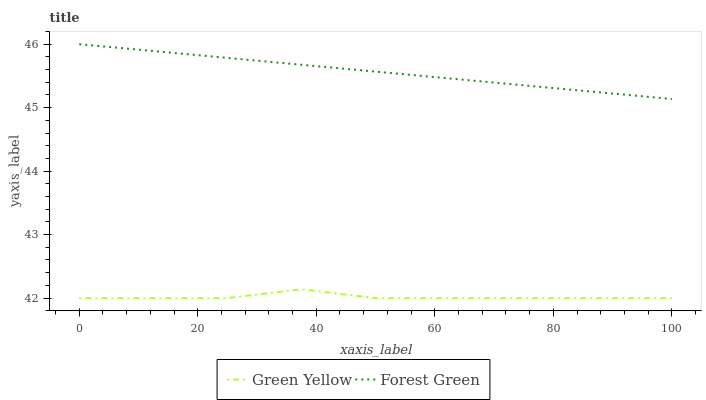
| xaxis_label | Green Yellow | Forest Green |
 | --- | --- | --- |
 | 0 | 42 | 46 |
 | 12.5 | 42 | 45.9 |
 | 25 | 42 | 45.8 |
 | 37.5 | 42.1 | 45.7 |
 | 50 | 42 | 45.6 |
 | 62.5 | 42 | 45.5 |
 | 75 | 42 | 45.4 |
 | 87.5 | 42 | 45.2 |
 | 100 | 42 | 45.1 |